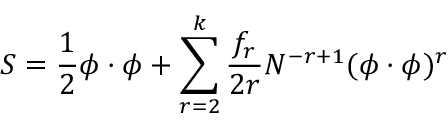
S = \frac 1 2 \phi \cdot \phi + \sum _ { r = 2 } ^ { k } \frac { f _ { r } } { 2 r } N ^ { - r + 1 } ( \phi \cdot \phi ) ^ { r }